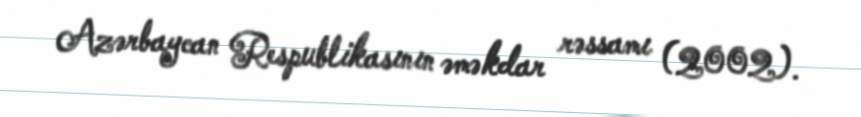
Azərbaycan Respublikasının əməkdar rəssamı (2002).